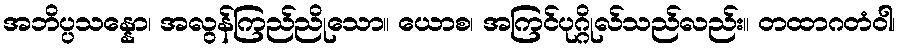
အဘိပ္ပသန္နော၊ အလွန်ကြည်ညိုသော။ ယောစ၊ အကြင်ပုဂ္ဂိုလ်သည်လည်း။ တထာဂတံဝါ၊